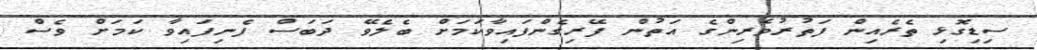
ސިޑިގޮޅި ތެރެއިން ފަތުރުވެރިންގެ އަތުން ފޭރިގެންފައިވާކަމަށް ބެލެވޭ ދަބަސް ފެނިފައިވާ ކަމަށް ވެސް